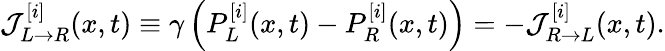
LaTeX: \mathcal{J}_{L\rightarrow R}^{[i]}(x,t)\equiv\gamma\left(P_{L}^{[i]}(x,t)-P_{R}^{[i]}(x,t)\right)=-\mathcal{J}_{R\rightarrow L}^{[i]}(x,t).